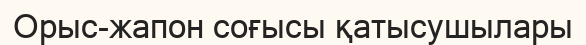
Орыс-жапон соғысы қатысушылары